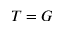
T = G